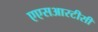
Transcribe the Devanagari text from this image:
एएसआरटीसी